Medical and sanitary report of the native army of Bengal for the year
Year: 1877
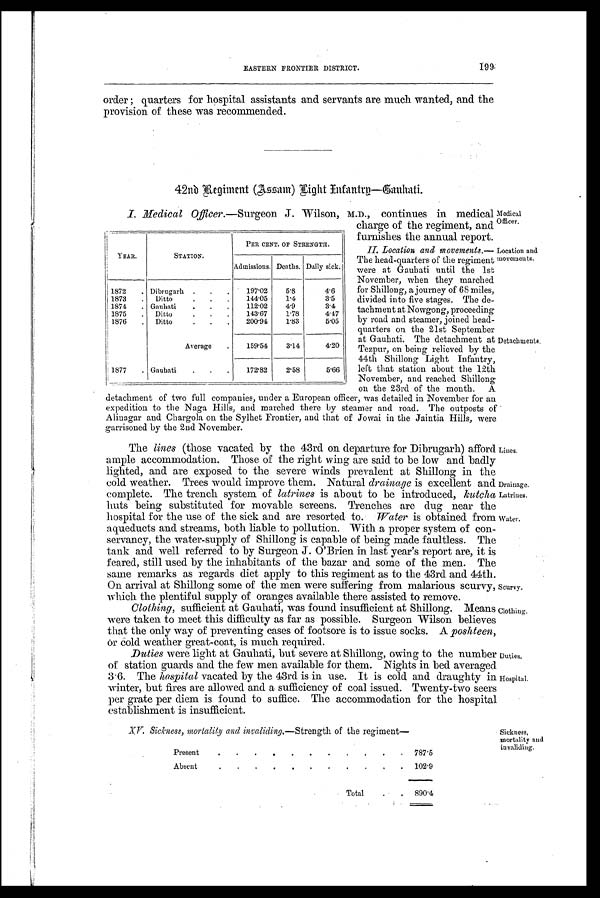
Medical
Officer.
Location and
movements.
Drainage.
Latrines.
Water.
Scurvy.
Clothing.
Duties.
Hospital.
XV. Sickness, mortality and invaliding.—Strength of the regiment—
Present
.
.
.
.
.
.
.
.
.
787.5
Absent
.
.
.
.
.
.
.
.
102.9
Total
.
890.4
• Sickness,
mortality and
invaliding.
199 EASTERN FRONTIER DISTRICT.
order; quarters for hospital assistants and servants are much wanted, and the
provision of these was recommended.
42nd Regiment (Assam) Light Infantry—Gauhati.
I. Medical Officer. —Surgeon J. Wilson, M.D., continues in medical
charge of the regiment, and
furnishes the annual report.
II. Location and movements.—
The head-quarters of the regiment
were at Gauhati until the 1st
November, when they marched
for Shillong, a journey of 68 miles,
divided into five stages. The de-
tachment at Nowgong, proceeding
by road and steamer, joined head-
quarters on the 21st September
at Gauhati. The detachment at
Tezpur, on being relieved by the
44th Shillong Light Infantry,
left that station about the 12th
November, and reached Shillong
on the 23rd of the month. A
detachment of two full companies, under a European officer, was detailed in November for an
expedition to the Naga Hills, and marched there by steamer and road. The outposts of
Alinagar and Chargola on the Sylhet Frontier, and that of Jowai in the Jaintia Hills, were
garrisoned by the 2nd November.
The lines (those vacated by the 43rd on departure for Dibrugarh) afford
ample accommodation. Those of the right wing are said to be low and badly
lighted, and are exposed to the severe winds prevalent at Shillong in the
cold weather. Trees would improve them. Natural drainage is excellent and
complete. The trench system of latrines is about to be introduced, kutcha
huts being substituted for movable screens. Trenches are dug near the
hospital for the use of the sick and are resorted to. Water is obtained from
aqueducts and streams, both liable to pollution. With a proper system of con-
servancy, the water-supply of Shillong is capable of being made faultless. The
tank and well referred to by Surgeon J. O'Brien in last year's report are, it is
feared, still used by the inhabitants of the bazar and some of the men. The
same remarks as regards diet apply to this regiment as to the 43rd and 44th.
On arrival at Shillong some of the men were suffering from malarious scurvy,
which the plentiful supply of oranges available there assisted to remove.
Clothing, sufficient at Gauhati, was found insufficient at Shillong. Means
were taken to meet this difficulty as far as possible. Surgeon Wilson believes
that the only way of preventing cases of footsore is to issue socks. A poshteen,
o r Cold weather great-coat, is much required.
Duties were light at Gauhati, but severe at Shillong, owing to the number
of station guards and the few men available for them. Nights in bed averaged
3.6. The hospital vacated by the 43rd is in use. It is cold and draughty in
winter, but fires are allowed and a sufficiency of coal issued. Twenty-two seers
per grate per diem is found to suffice. The accommodation for the hospital
establishment is insufficient.
YEAR.
STATION.
PER CENT. OF STRENGTH.
Admissions. Deaths. Daily sick.
1872
.
Dibrugarh .
.
197.02
5.8
4.6
1873
.
Ditto
144.05
1.4
3.5
1874
. Ganhati
.
.
.
112.02
4.9
3.4
1875
.
Ditto
143.67
1.78
4.47
1876
.
Ditto
.
.
.
200.94
1.83
5.05
Average
.
159.54
3.14
4.20
1877
. Gauhati
.
172.82
2.58
5.66
Detachments.
Lines.